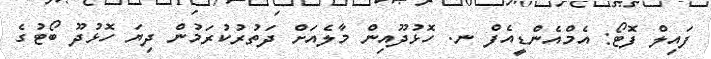
ފައިލް ފޮޓޯ: އެމްއެންޑީއެފް ނ. ހޮޅުދޫއިން މާލެއަށް ދަތުރުކުރަމުން ދިޔަ ހޮޅުދޫ ބޯޓުގެ